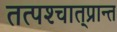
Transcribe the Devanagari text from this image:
तत्पश्‍चात्‌प्रान्त